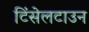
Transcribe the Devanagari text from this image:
टिंसेलटाउन